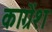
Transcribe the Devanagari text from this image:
काग्रेंश